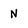
Character: N